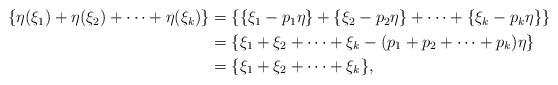
LaTeX: \begin{align*}\begin{aligned}\{{\eta}({\xi}_{1})+{\eta}({\xi}_{2})+\cdots+{\eta}({\xi}_{k})\}&=\{\{\xi_{1}-p_{1}\eta\}+\{\xi_{2}-p_{2}\eta\}+\cdots+\{\xi_{k}-p_{k}\eta\}\}\\&=\{\xi_{1}+\xi_{2}+\cdots+\xi_{k}-(p_{1}+p_{2}+\dots+p_{k})\eta\}\\&=\{\xi_{1}+\xi_{2}+\cdots+\xi_{k}\},\end{aligned}\end{align*}